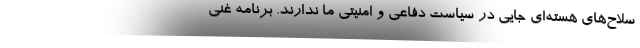
سلاح‌های هسته‌ای جایی در سیاست دفاعی و امنیتی ما ندارند. برنامه غنی